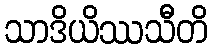
သာဒိယိဿသီတိ